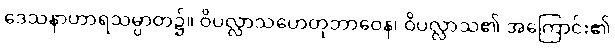
ဒေသနာဟာရသမ္ပာတ၌။ ဝိပလ္လာသဟေတုဘာဝေန၊ ဝိပလ္လာသ၏ အကြောင်း၏